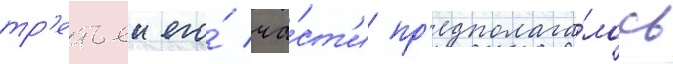
тр'етьеи его́ ча́ст'и пр'едполага́лось